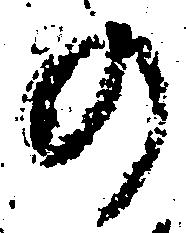
の